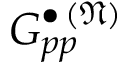
G _ { p p } ^ { \bullet \, ( \mathfrak { N } ) }